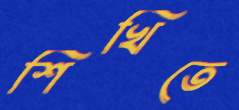
শিখিতে